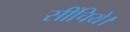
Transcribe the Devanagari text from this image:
सींचिये।